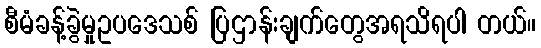
စီမံခန့်ခွဲမှုဥပဒေသစ် ပြဌာန်းချက်တွေအရသိရပါ တယ်။